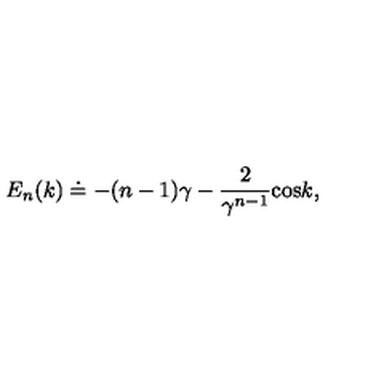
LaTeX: E _ { n } ( k ) \doteq - ( n - 1 ) \gamma - { \frac { 2 } { \gamma \sp { n - 1 } } } \mathrm { c o s } k ,